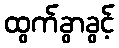
ထွက်ခွာခွင့်